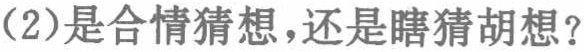
(2)是合情猜想，还是瞎猜胡想？